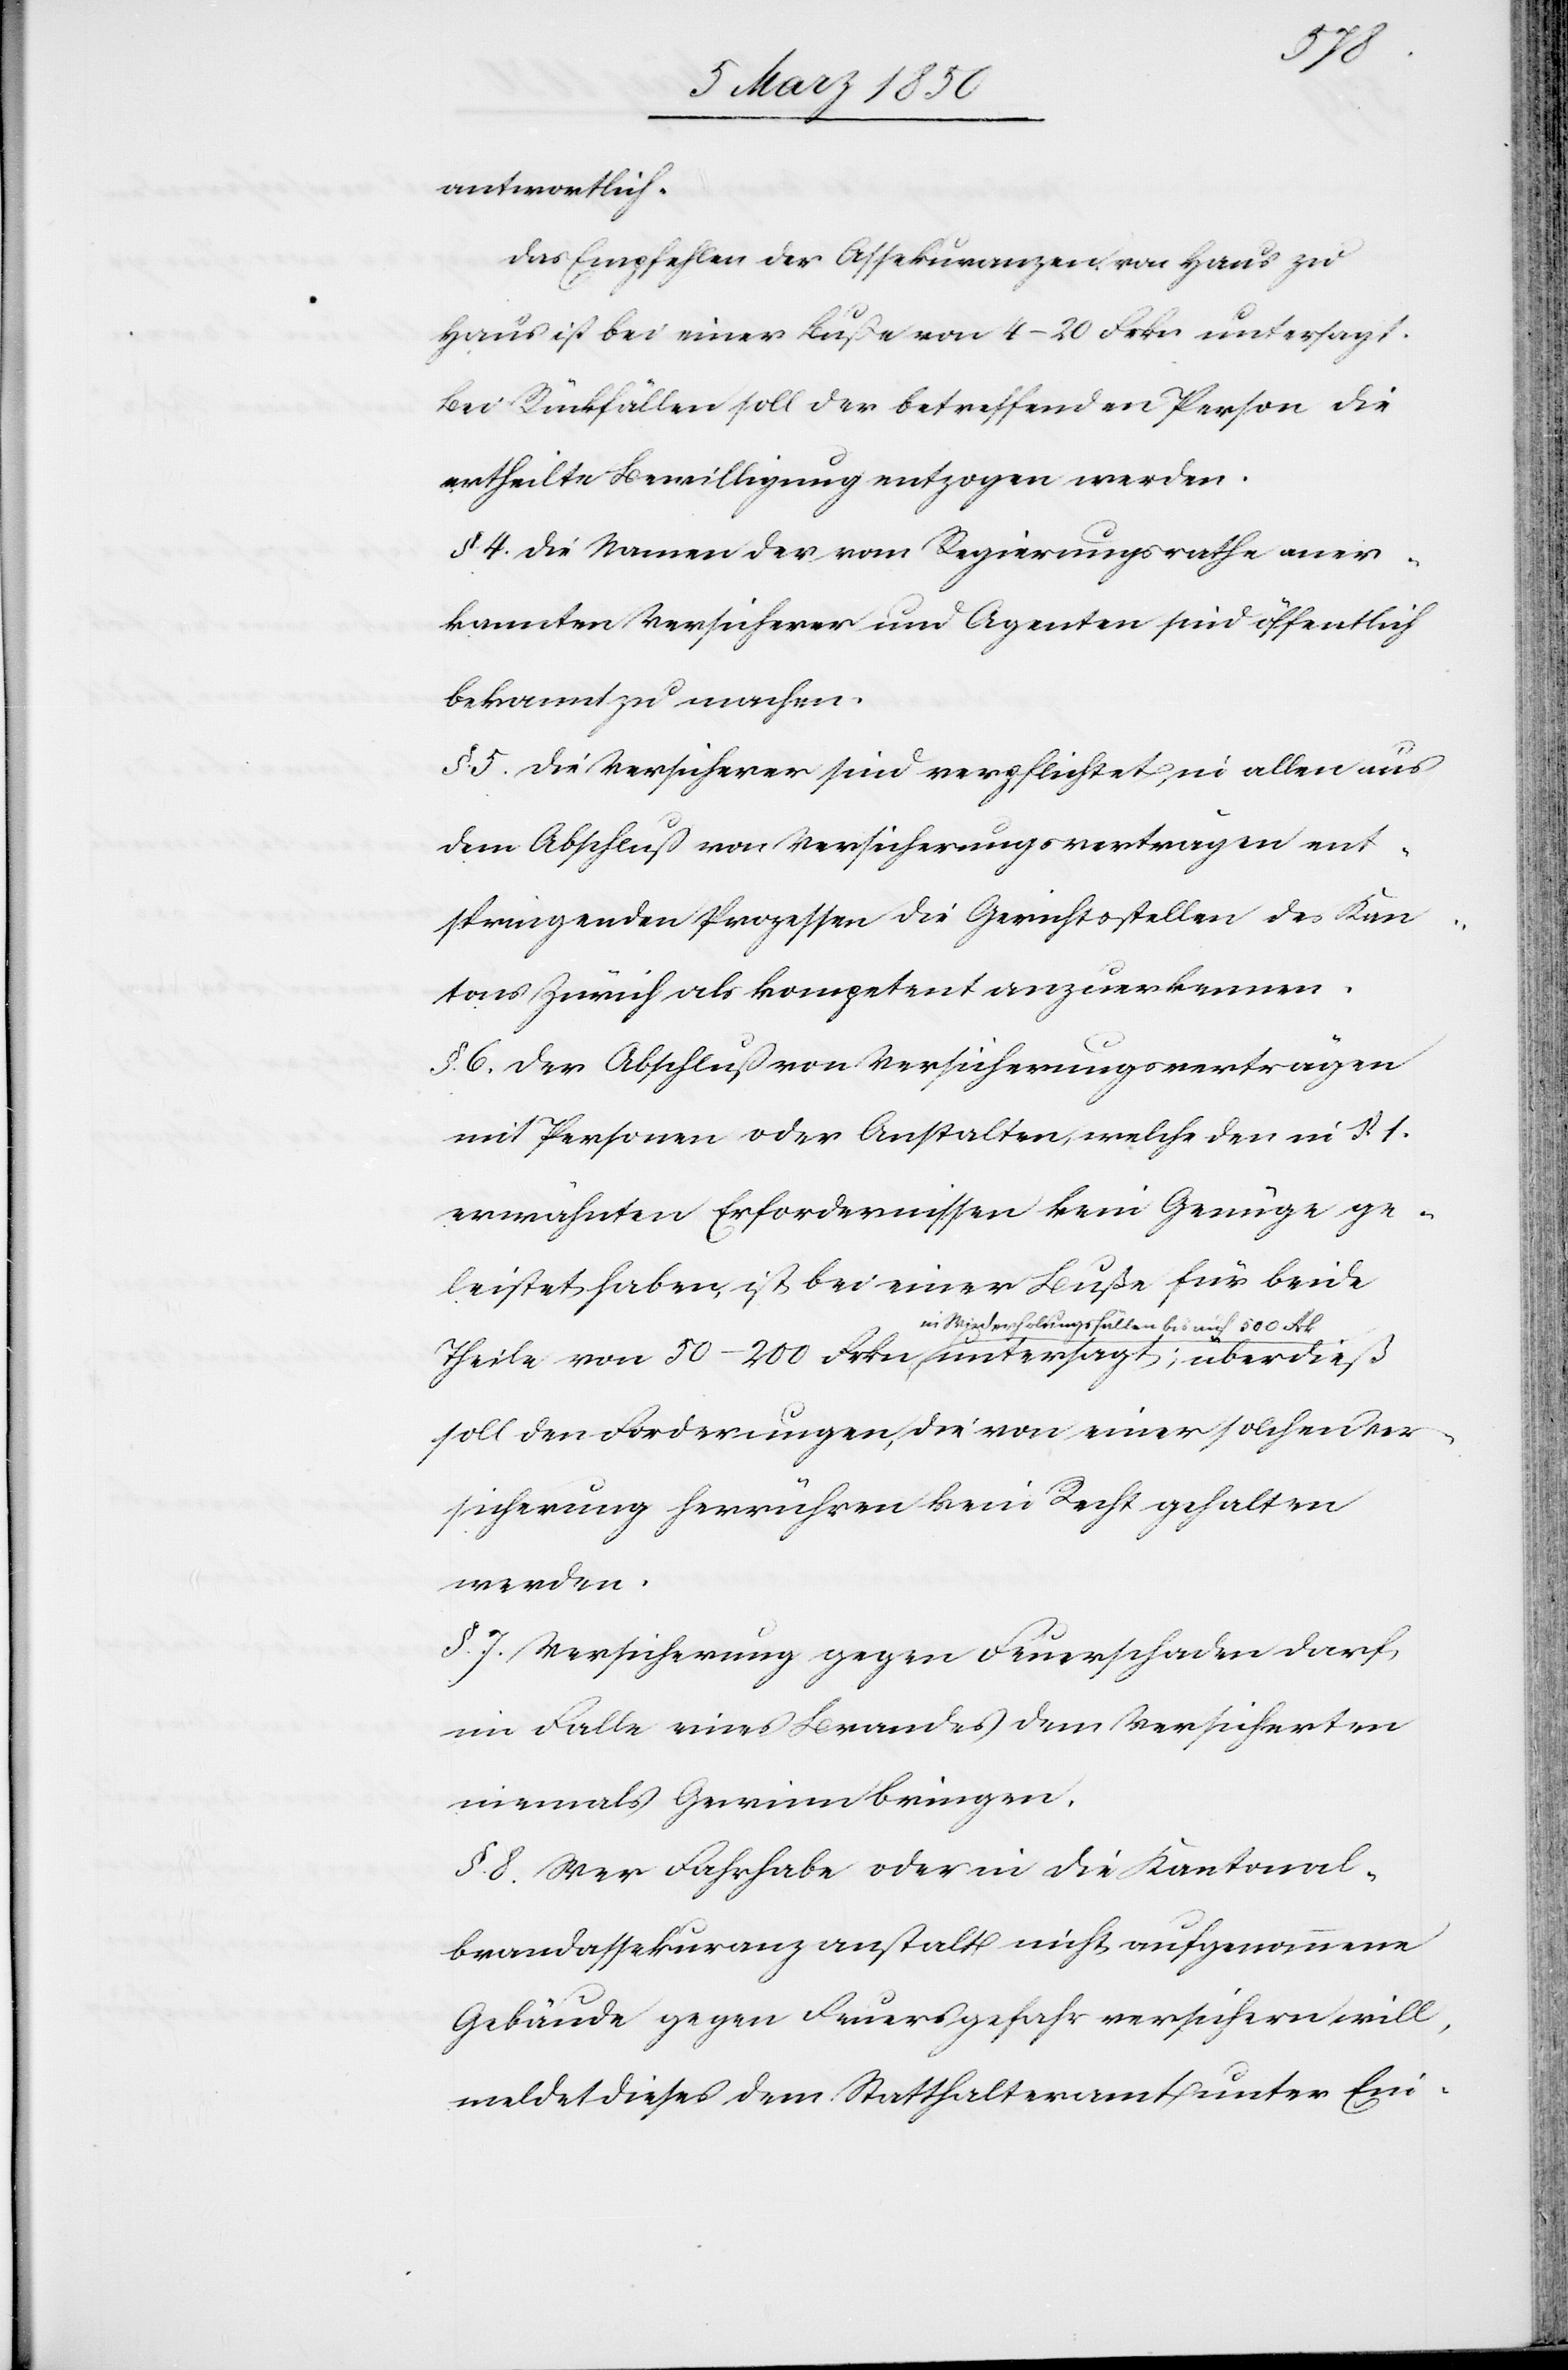
antwortlich.
Das Empfehlen der Assekuranzen von Haus zu
Haus ist bei einer Buße von 4–20 Frkn untersagt.
Bei Rückfällen soll der betreffenden Person die
ertheilte Bewilligung entzogen werden.
§. 4. Die Namen der vom Regierungsrathe aner¬
kannten Versicherer und Agenten sind öffentlich
bekannt zu machen.
§. 5. Die Versicherer sind verpflichtet, in allen aus
dem Abschluß von Versicherungsverträgen ent¬
springenden Prozessen die Gerichtsstellen des Kan¬
tons Zürich als kompetent anzuerkennen.
§. 6. Der Abschluß von Versicherungsverträgen
mit Personen oder Anstalten, welche den in § 1.
erwähnten Erfordernissen kein Genüge ge¬
leistet haben, ist bei einer Buße für beide
Theile von 50–200 Frkn in Wiederholungsfällen bis
soll den Forderungen, die von einer solchen Ver¬
sicherung herrühren kein Recht gehalten
werden.
§. 7. Versicherung gegen Feuerschaden darf
im Falle eines Brandes dem Versicherten
niemals Gewinn bringen.
§. 8. Wer Fahrhabe oder in die Kantonal¬
brandassekuranzanstalt nicht aufgenommene
Gebäude gegen Feuersgefahr versichern will,
meldet dieses dem Statthalteramt unter Ein-